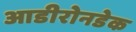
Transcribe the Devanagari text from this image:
आडीरोनडेक